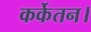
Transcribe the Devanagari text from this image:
कर्केतन।